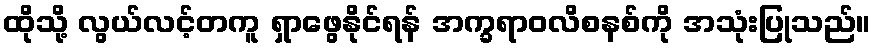
ထိုသို့ လွယ်လင့်တကူ ရှာဖွေနိုင်ရန် အက္ခရာဝလိစနစ်ကို အသုံးပြုသည်။